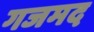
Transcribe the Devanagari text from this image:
गजमद